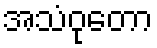
အသံဝုတော